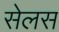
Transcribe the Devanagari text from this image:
सेलस